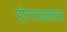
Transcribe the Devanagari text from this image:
रोगजनकता